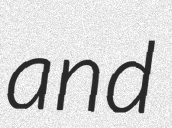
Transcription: and